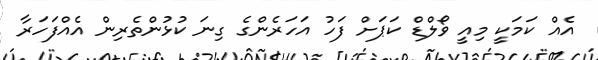
އެއް ކަމަކީ މިއީ ވޯލްޑް ކަޕަށް ފަހު އަހަރެންގެ ގިނަ ކުޅުންތެރިން އެއްފަހަރާ